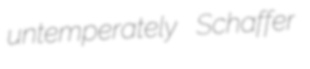
untemperately Schaffer